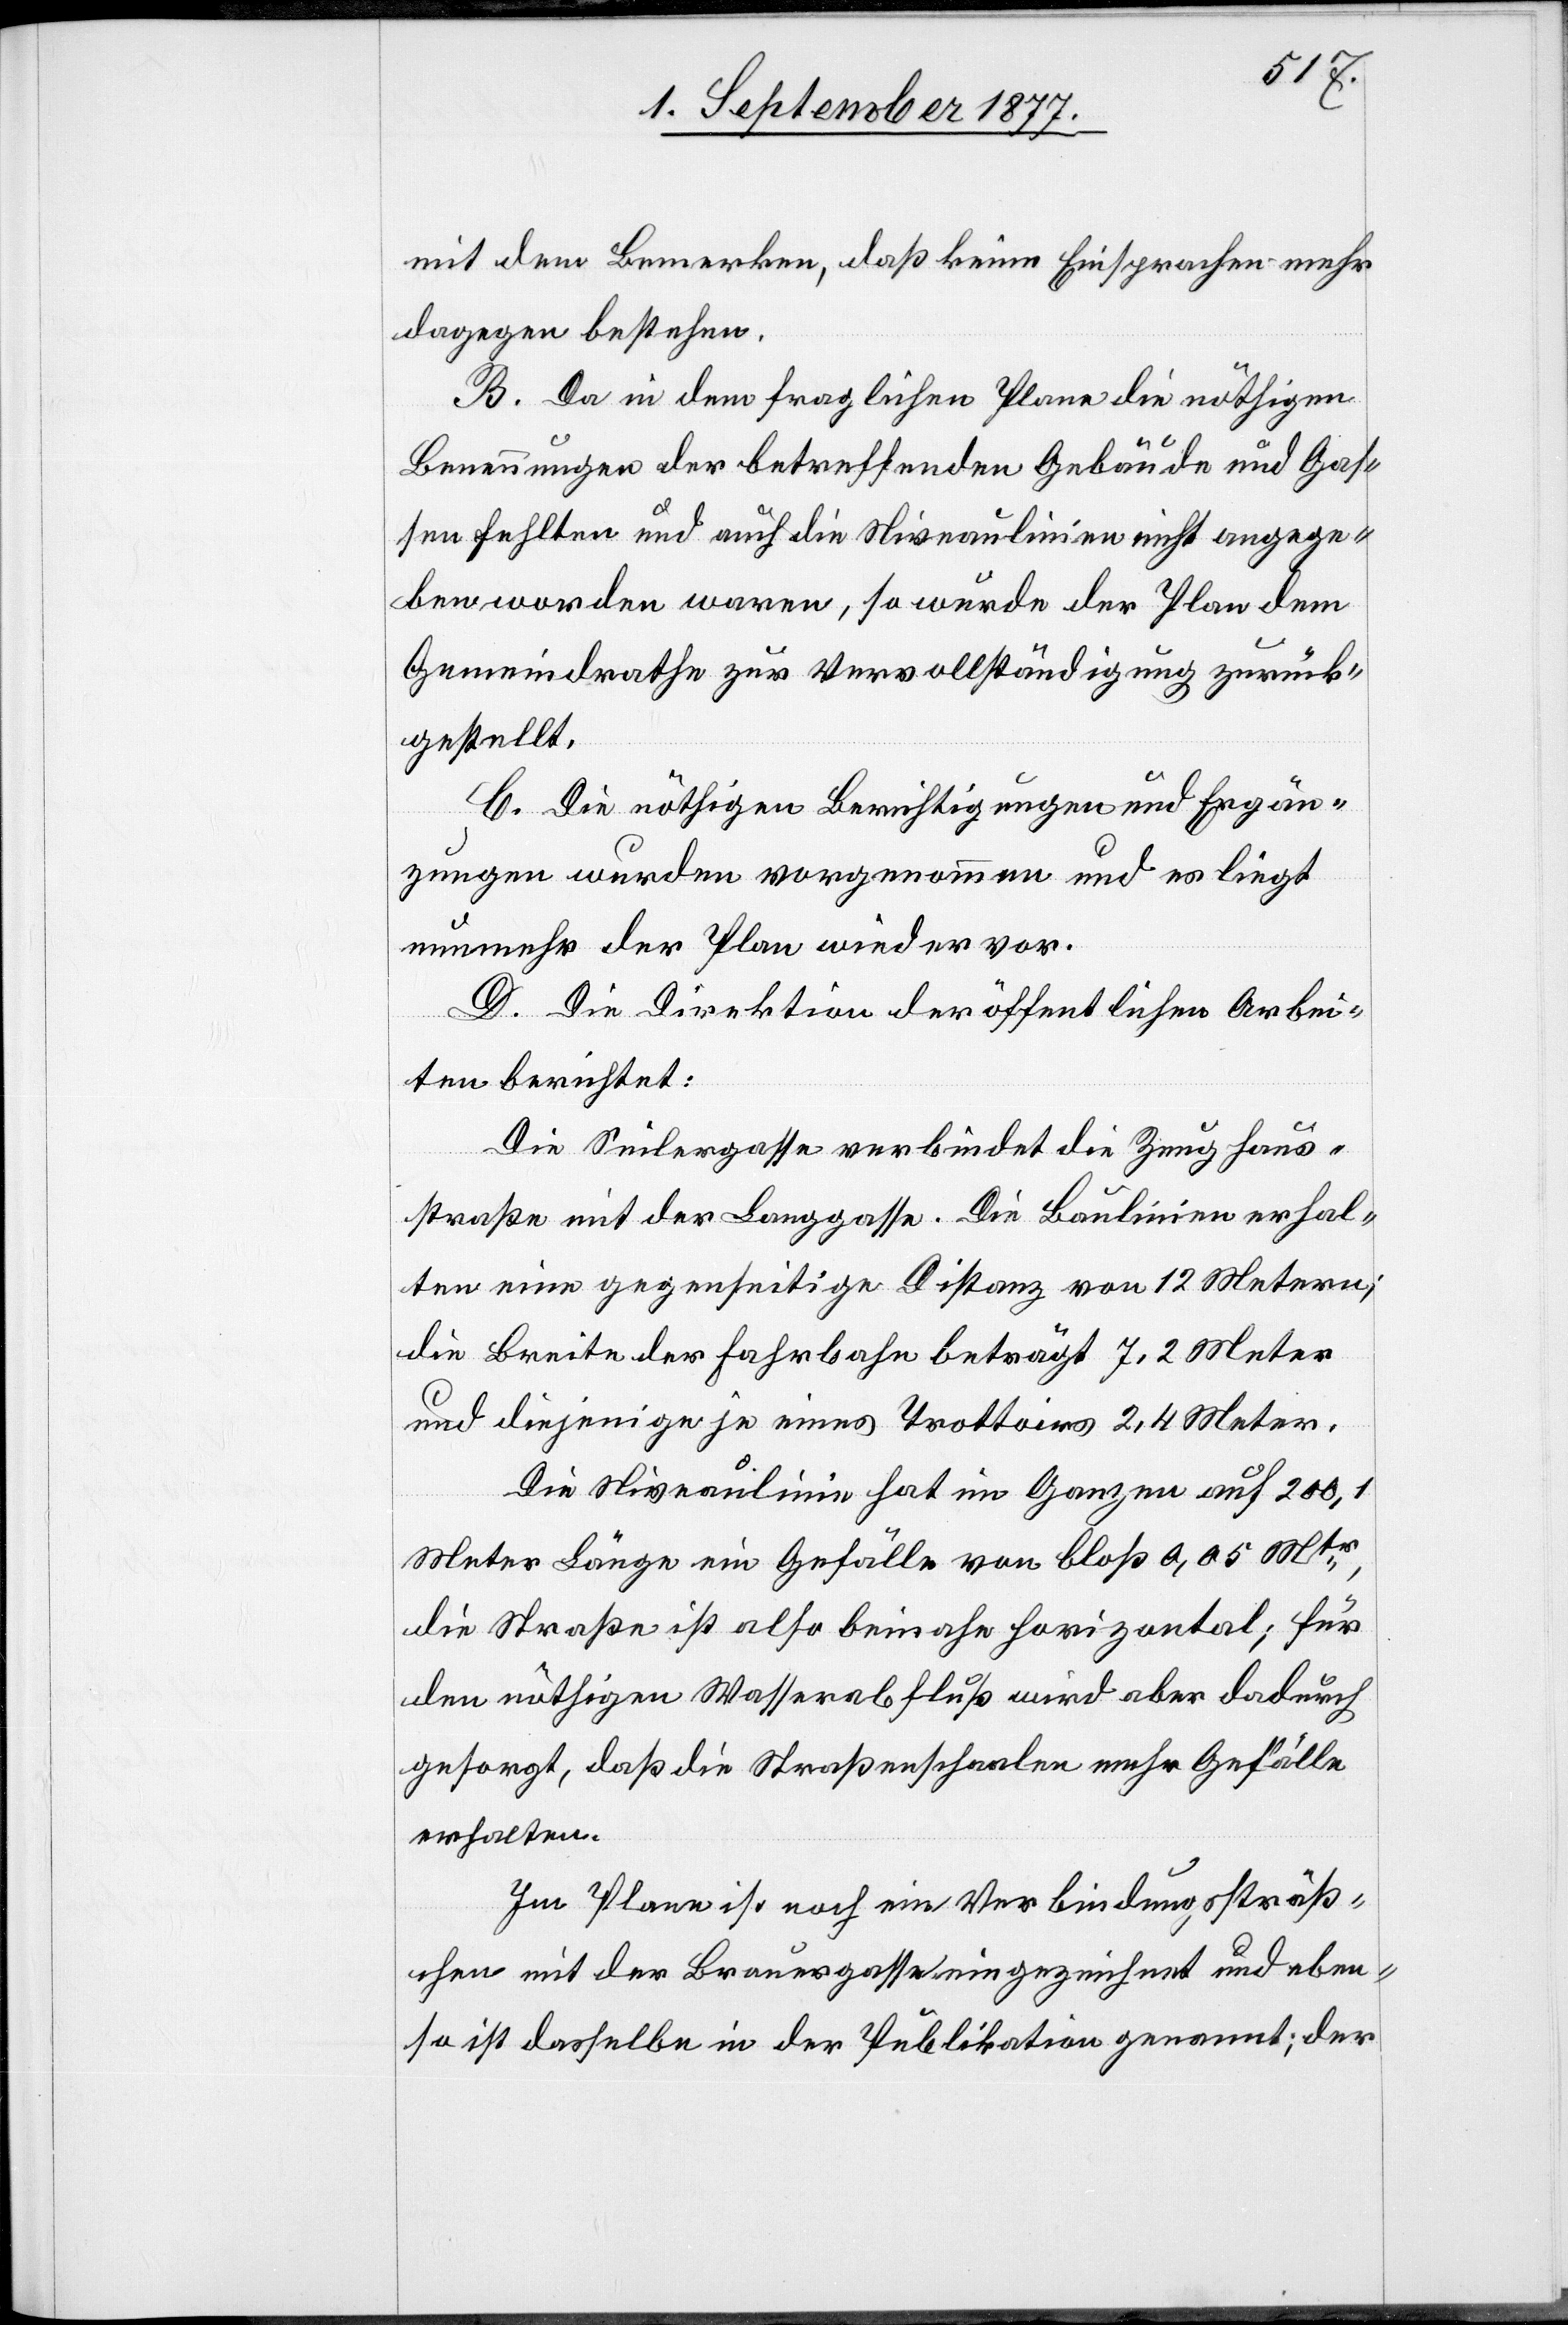
mit dem Bemerken, daß keine Einsprachen mehr
dagegen bestehen.
B. Da in dem fraglichen Plane die nöthigen
Benennungen der betreffenden Gebäude und Gas¬
sen fehlten und auch die Niveaulinien nicht angege¬
ben worden waren, so wurde der Plan dem
Gemeindrathe zur Vervollständigung zurück¬
gestellt.
C. Die nöthigen Berichtigungen und Ergän¬
zungen wurden vorgenommen und es liegt
nunmehr der Plan wieder vor.
D. Die Direktion der öffentlichen Arbei¬
ten berichtet:
Die Seilergasse verbindet die Zeughaus¬
straße mit der Langgasse. Die Baulinien erhal¬
ten eine gegenseitige Distanz von 12 Metern;
die Breite der Fahrbahn beträgt 7,2 Meter
und diejenige je eines Trottoirs 2,4 Meter.
Die Niveaulinie hat im Ganzen auf 200,1
Meter Länge ein Gefälle von bloß 0,05 Mtr,
die Straße ist also beinahe horizontal; für
den nöthigen Wasserabfluß wird aber dadurch
gesorgt, daß die Straßenschaalen mehr Gefälle
erhalten.
Im Plane ist noch ein Verbindungssträß¬
chen mit der Brauergasse eingezeichnet und eben¬
so ist dasselbe in der Publikation genannt; der